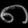
Digit: ၈